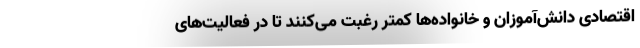
اقتصادی دانش‌آموزان و خانواده‌ها کمتر رغبت می‌کنند تا در فعالیت‌های